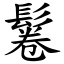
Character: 鬈